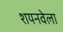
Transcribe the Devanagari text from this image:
शयनवेला